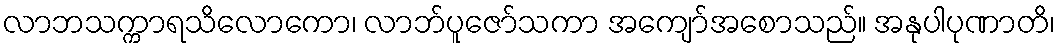
လာဘသက္ကာရသိလောကော၊ လာဘ်ပူဇော်သကာ အကျော်အစောသည်။ အနုပါပုဏာတိ၊